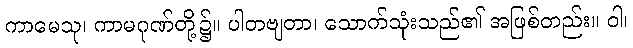
ကာမေသု၊ ကာမဂုဏ်တို့၌။ ပါတဗျတာ၊ သောက်သုံးသည်၏ အဖြစ်တည်း။ ဝါ၊